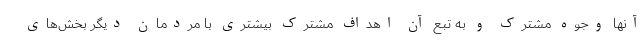
آنها وجوه مشترک و به تبع آن اهداف مشترک بیشتری با مردمان دیگر بخش‌های